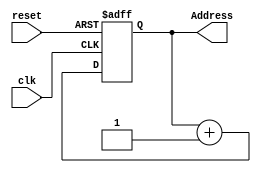
module pc(
	input reset, clk,
	output reg [31:0] Address
);
	
	always @ (posedge clk or posedge reset) begin									
		// Se ocorrer borda de subida do Reset, o contador volta para zero
		if (reset) 
			Address = 32'h940; //Reseta para o endereo Grupo 4 * 0x250 = 0x940
		else 
			Address = Address + 32'b1; //Contagem Incremental
	end
endmodule

// Grupo 4 //
// Address 0:		 4 * 0x250 			 = 0x940
// Address 1023:	 0x940 + 0x400 - 1 = 0xD3F